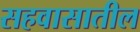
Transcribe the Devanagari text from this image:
सहवासातील